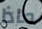
ماذا